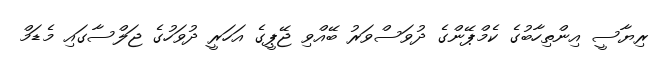
ރިޔާސީ އިންތިހާބުގެ ކެމްޕޭންގެ ދުވަސްވަރު ބޭއްވި ޖޭޕީގެ އަހަރީ ދުވަހުގެ ޖަލްސާގައި މެޑަމް